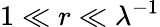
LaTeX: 1\ll r\ll\lambda^{-1}